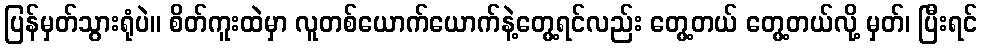
ပြန်မှတ်သွားရုံပဲ။ စိတ်ကူးထဲမှာ လူတစ်ယောက်ယောက်နဲ့တွေ့ရင်လည်း တွေ့တယ် တွေ့တယ်လို့ မှတ်၊ ပြီးရင်